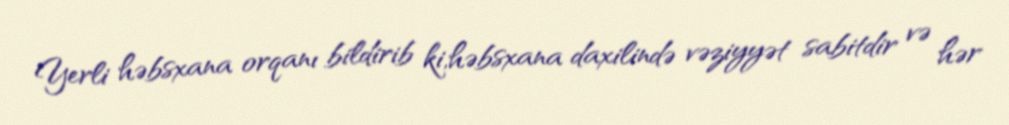
Yerli həbsxana orqanı bildirib ki,həbsxana daxilində vəziyyət sabitdir və hər